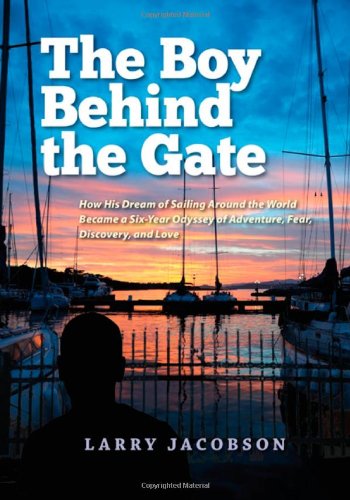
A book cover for The Boy Behind the Gate: How His Dream of Sailing Around the World Became a Six-Year Odyssey of Adventure, Fear, Discovery and Love; Larry Jacobson; Gay & Lesbian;